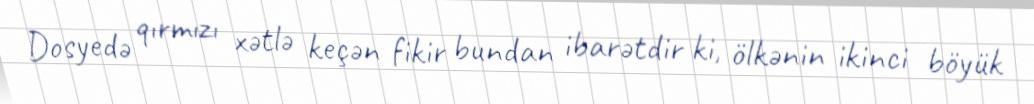
Dosyedə qırmızı xətlə keçən fikir bundan ibarətdir ki, ölkənin ikinci böyük